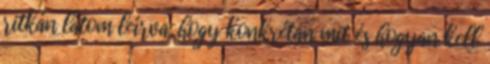
ritkán látom leírva, hogy konkrétan mit és hogyan kell